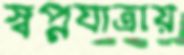
স্বপ্নযাত্রায়